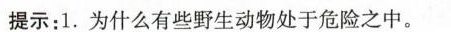
提示：1.为什么有些野生动物处于危险之中。